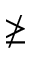
\ngeq